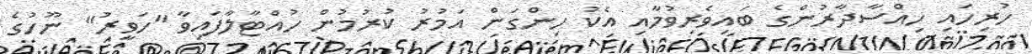
ހުރިހައި ހިއްސާދާރުންގެ ބައިވެރިވުމާއި އެކު ހިންގަން އަމުރު ކުރުމުން ހުއްޓާލާފައިވާ "ހަވީރު" ނޫހުގެ